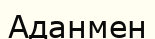
Аданмен